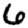
Digit: 6